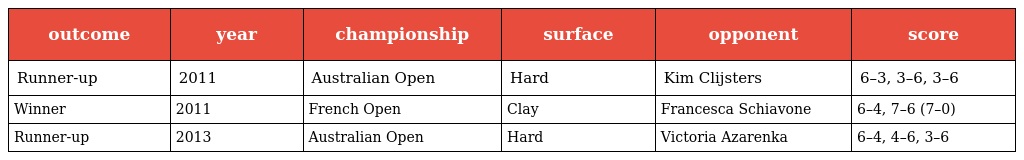
| outcome | year | championship | surface | opponent | score |
 | --- | --- | --- | --- | --- | --- |
 | Runner-up | 2011 | Australian Open | Hard | Kim Clijsters | 6–3, 3–6, 3–6 |
 | Winner | 2011 | French Open | Clay | Francesca Schiavone | 6–4, 7–6 (7–0) |
 | Runner-up | 2013 | Australian Open | Hard | Victoria Azarenka | 6–4, 4–6, 3–6 |